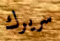
سريرك